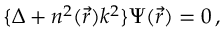
\{ \Delta + n ^ { 2 } ( \vec { r } ) k ^ { 2 } \} \Psi ( \vec { r } ) = 0 \, ,